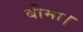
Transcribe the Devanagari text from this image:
बीमा।